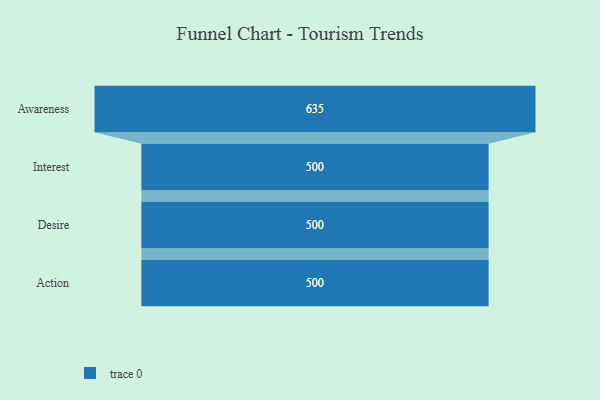
{"axis": {"x": "Stage", "y": "Value"}, "legend": [""], "data": [{"x": "Awareness", "y": 635.0, "type": ""}, {"x": "Interest", "y": 500, "type": ""}, {"x": "Desire", "y": 500, "type": ""}, {"x": "Action", "y": 500, "type": ""}]}